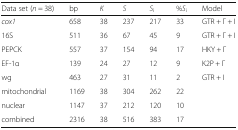
<table><thead><tr><td><b>Data set (<i>n</i> = 38)</b></td><td><b>bp</b></td><td><b><i>K</i></b></td><td><b><i>S</i></b></td><td><b><i>S</i><sub>i</sub></b></td><td><b>%<i>S</i><sub>i</sub></b></td><td><b>Model</b></td></tr></thead><tbody><tr><td><i>cox1</i></td><td>658</td><td>38</td><td>237</td><td>217</td><td>33</td><td>GTR + Γ + I</td></tr><tr><td>16S</td><td>511</td><td>36</td><td>67</td><td>45</td><td>9</td><td>GTR + Γ + I</td></tr><tr><td>PEPCK</td><td>557</td><td>37</td><td>154</td><td>94</td><td>17</td><td>HKY + Γ</td></tr><tr><td>EF-1α</td><td>139</td><td>24</td><td>27</td><td>12</td><td>9</td><td>K2P + Γ</td></tr><tr><td>wg</td><td>463</td><td>27</td><td>31</td><td>11</td><td>2</td><td>GTR + I</td></tr><tr><td>mitochondrial</td><td>1169</td><td>38</td><td>304</td><td>262</td><td>22</td><td></td></tr><tr><td>nuclear</td><td>1147</td><td>37</td><td>212</td><td>120</td><td>10</td><td></td></tr><tr><td>combined</td><td>2316</td><td>38</td><td>516</td><td>383</td><td>17</td><td></td></tr></tbody></table>